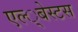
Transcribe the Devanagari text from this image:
एल्‍्बेस्टस